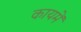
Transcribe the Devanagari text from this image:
कायमें